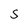
Character: s